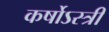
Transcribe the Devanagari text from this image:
कर्षोऽस्त्री